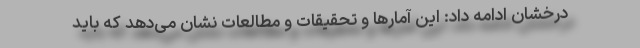
درخشان ادامه داد: این آمارها و تحقیقات و مطالعات نشان می‌دهد که باید